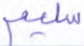
سليم